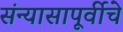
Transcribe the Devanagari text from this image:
संन्यासापूर्वीचे